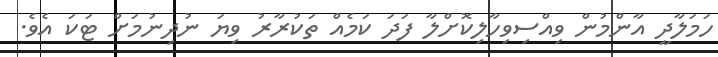
ހަމަލާދީ އާންމުން ވިއްސިވިހާލިކޮށްލާ ފަދަ ކަމެއް ތަކުރާރު ވިޔަ ނުދިނުމަށް ޓަކަ އެވެ.